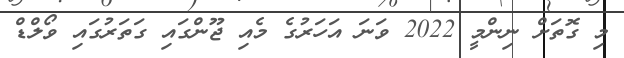
މި ގޮތަށް ނިންމީ 2022 ވަނަ އަހަރުގެ މެއި ޖޫންގައި ގަތަރުގައި ވޯލްޑް